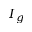
I _ { g }